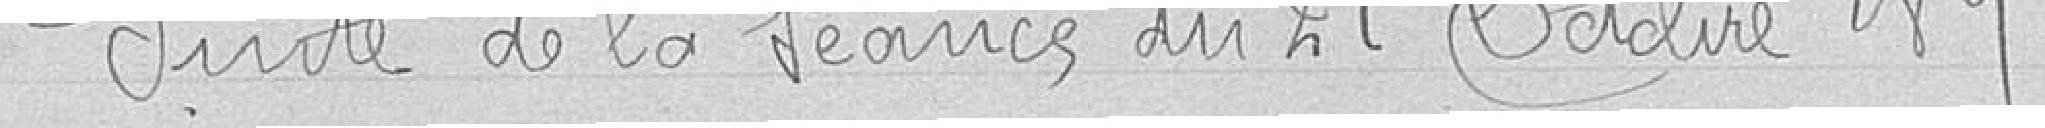
Suite de la séance du 21 Octobre 1891